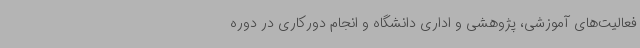
فعالیت‌های آموزشی، پژوهشی و اداری دانشگاه و انجام دورکاری در دوره